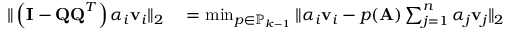
\begin{array} { r l } { \| \left( \mathbf { I } - \mathbf { Q Q } ^ { T } \right) \alpha _ { i } \mathbf { v } _ { i } \| _ { 2 } } & { { } = \operatorname* { m i n } _ { p \in \mathbb { P } _ { k - 1 } } \| \alpha _ { i } \mathbf { v } _ { i } - p ( \mathbf { A } ) \sum _ { j = 1 } ^ { n } \alpha _ { j } \mathbf { v } _ { j } \| _ { 2 } } \end{array}